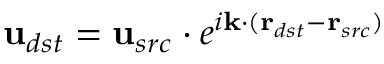
\textbf u _ { d s t } = \textbf u _ { s r c } \cdot e ^ { i \textbf k \cdot ( \textbf r _ { d s t } - \textbf r _ { s r c } ) }